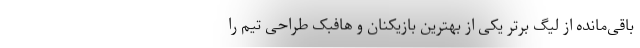
باقی‌مانده از لیگ برتر یکی از بهترین بازیکنان و هافبک طراحی تیم را